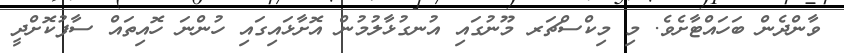
ވާންދެން ބަހައްޓާށެވެ. މި މިކްސްޗަރ މޫނުގައި އުނގުޅާލުމުން އޮށާޅައިގައި ހުންނަ ހޮއިތައް ސާފުކޮށްދީ